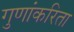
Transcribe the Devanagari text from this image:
गुणांकरिता